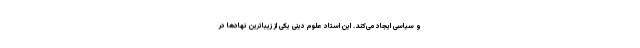
و سیاسی ایجاد می‌کند. این استاد علوم دینی یکی از زیباترین نهادها در